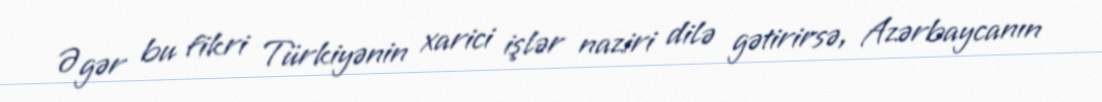
Əgər bu fikri Türkiyənin xarici işlər naziri dilə gətirirsə, Azərbaycanın